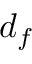
d _ { f }